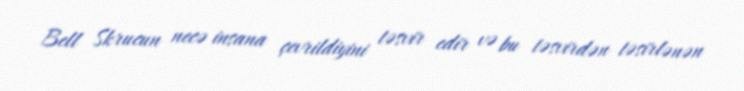
Bell Skrucun necə insana çevrildiyini təsvir edir və bu təsvirdən təsirlənən